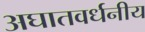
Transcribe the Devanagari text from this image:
अघातवर्धनीय